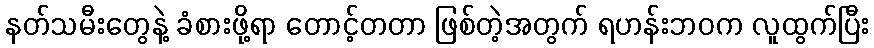
နတ်သမီးတွေနဲ့ ခံစားဖို့ရာ တောင့်တတာ ဖြစ်တဲ့အတွက် ရဟန်းဘဝက လူထွက်ပြီး